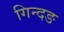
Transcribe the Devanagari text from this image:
गिन्दङ